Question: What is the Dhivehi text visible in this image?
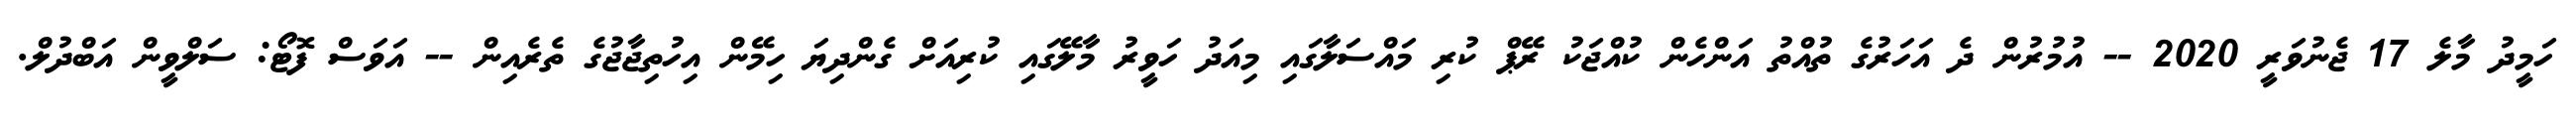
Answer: ހަމީދު މާލެ 17 ޖެނުވަރީ 2020 -- އުމުރުން ދެ އަހަރުގެ ތުއްތު އަންހެން ކުއްޖަކު ރޭޕް ކުރި މައްސަލާގައި މިއަދު ހަވީރު މާލޭގައި ކުރިއަށް ގެންދިޔަ ހިމޭން އިހުތިޖާޖުގެ ތެރެއިން -- އަވަސް ފޮޓޯ: ސަލްވީން އަބްދުލް.